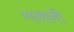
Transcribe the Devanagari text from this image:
गलानी